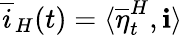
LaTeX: \overline{{i}}_{H}(t)=\langle\overline{{\eta}}_{t}^{H},\mathbf{i}\rangle